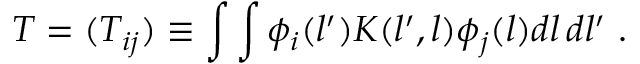
T = ( T _ { i j } ) \equiv \int \int \phi _ { i } ( l ^ { \prime } ) K ( l ^ { \prime } , l ) \phi _ { j } ( l ) d l \, d l ^ { \prime } \ .